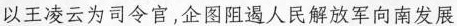
以王凌云为司令官，企图阻遏人民解放军向南发展